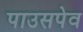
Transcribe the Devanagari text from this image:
पाउसपेव